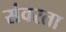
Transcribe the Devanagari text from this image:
संवरता